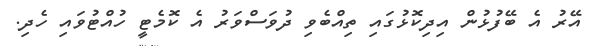
އޭރު އެ ބޭފުޅުން އިދިކޮޅުގައި ތިއްބެވި ދުވަސްވަރު އެ ކޮމެޓީ ހުއްޓުވައި ހެދި.